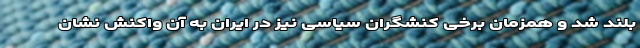
بلند شد و همزمان برخی کنشگران سیاسی نیز در ایران به آن واکنش نشان